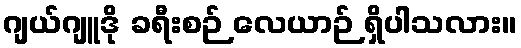
ဂျယ်ဂျူဒို ခရီးစဉ် လေယာဉ် ရှိပါသလား။